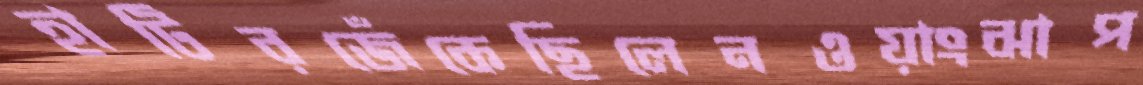
হাটিরজেঁকেছিলেনওয়াংঝাপ